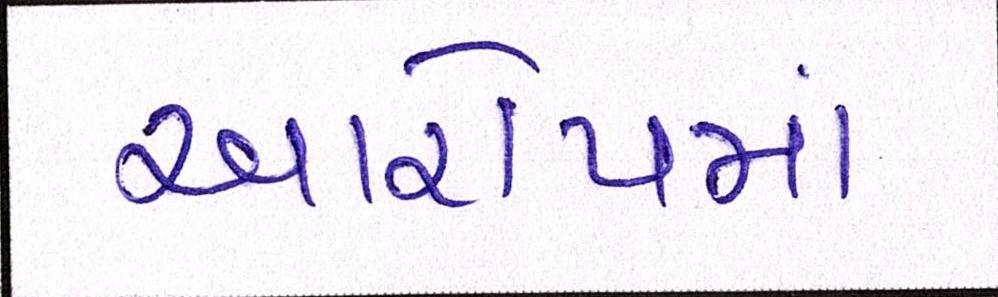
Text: આરોપમાં